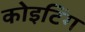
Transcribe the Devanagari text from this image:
कोइटिंग